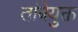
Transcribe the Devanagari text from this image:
तांबेयुक्त